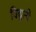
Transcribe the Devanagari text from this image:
विद्युती